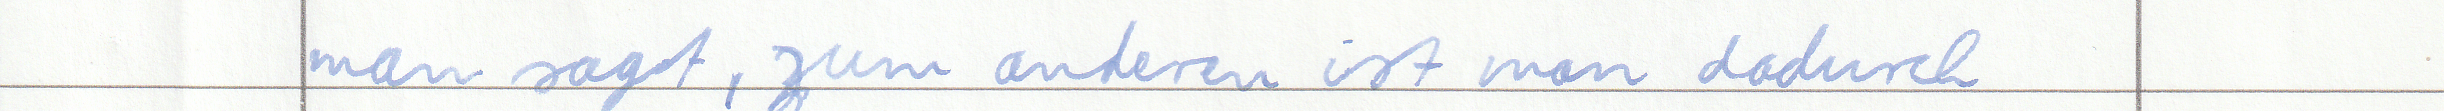
man sagt, zum anderen ist man dadurch